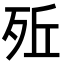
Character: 𣧭